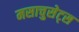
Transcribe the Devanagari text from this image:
मसाचुसेट्स